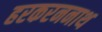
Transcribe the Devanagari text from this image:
हरकरननाथ